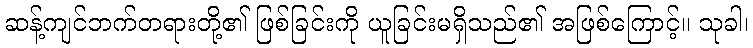
ဆန့်ကျင်ဘက်တရားတို့၏ ဖြစ်ခြင်းကို ယူခြင်းမရှိသည်၏ အဖြစ်ကြောင့်။ သုခါ၊